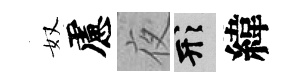
奴慮夜形緯